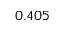
0 . 4 0 5